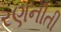
રણનીતી